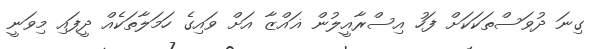
ގިނަ ދުވަސްތަކަކަށް ފަހު އިސްރާއީލުން ޣައްޒާ އަށް ވައިގެ ހަމަލާތަކެއް ދީފައި މިވަނީ